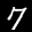
Label: 7